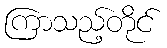
ကြာသည့်တိုင်